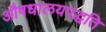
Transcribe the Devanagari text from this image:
औषधालयपद्धति